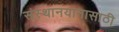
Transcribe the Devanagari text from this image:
संस्थानयानासाठी